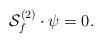
LaTeX: \begin{align*}{\cal S}^{(2)}_f\cdot\psi=0.\end{align*}